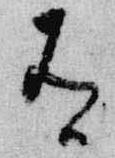
有